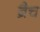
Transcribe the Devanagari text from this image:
ब्रैच